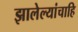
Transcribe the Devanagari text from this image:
झालेल्यांचाहि